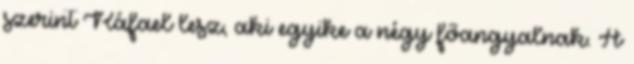
szerint Ráfael lesz, aki egyike a négy főangyalnak. A